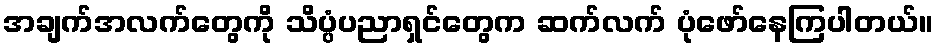
အချက်အလက်တွေကို သိပ္ပံပညာရှင်တွေက ဆက်လက် ပုံဖော်နေကြပါတယ်။